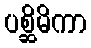
ပစ္ဆိမိကာ